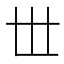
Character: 𠀍